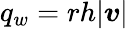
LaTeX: q_{w}=rh|\boldsymbol{v}|